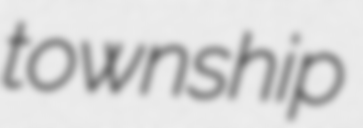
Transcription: township